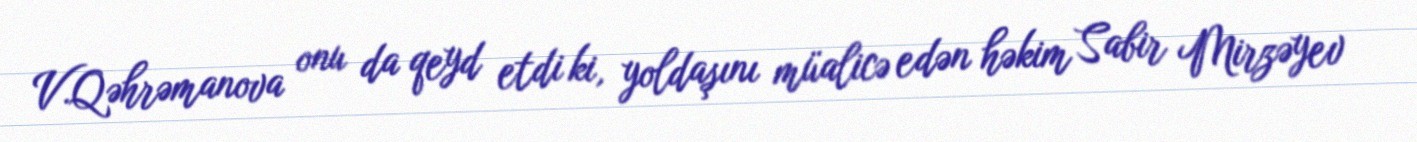
V.Qəhrəmanova onu da qeyd etdi ki, yoldaşını müalicə edən həkim Sabir Mirzəyev